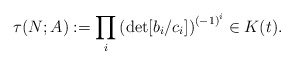
\begin{align*}\tau(N;A) := \prod_i \left(\det [b_{i} /c_i ]\right)^{{(-1)}^i} \in K(t).\end{align*}